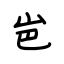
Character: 岜